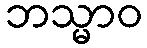
ဘသ္မာဝ